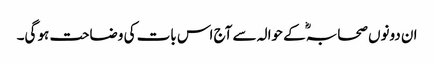
ان دونوں صحابہؓ کے حوالہ سے آج اس بات کی وضاحت ہو گی۔